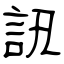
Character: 訊